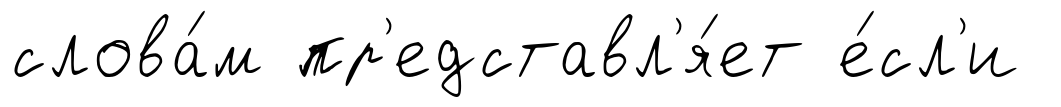
слова́м пр'едставл'я́ет е́сл'и